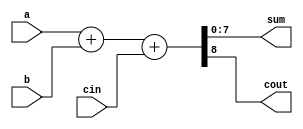
module n_bit_adder 
#(
    parameter N = 8
) 
(
    input[N-1:0] a,b,
    input cin,
    output reg [N-1:0] sum,
    output reg cout
);
    always @(a or b or cin) begin
        {cout,sum} = a + b + cin;
    end
    
endmodule